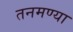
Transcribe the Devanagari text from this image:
तनमण्या